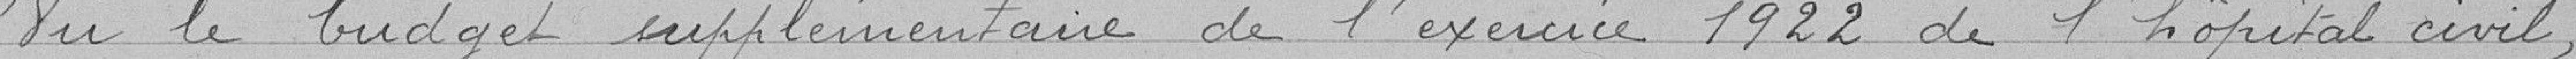
Vu le budget supplémentaire de l'exercice 1922 de l'hôpital civil,